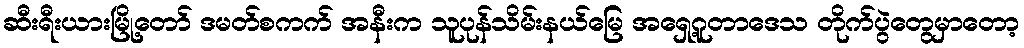
ဆီးရီးယားမြို့တော် ဒမတ်စကက် အနီးက သူပုန်သိမ်းနယ်မြေ အရှေ့ဂူတာဒေသ တိုက်ပွဲတွေမှာတော့